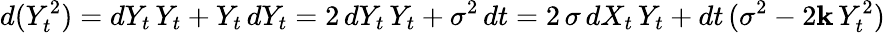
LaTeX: d(Y_{t}^{2})=dY_{t}\, Y_{t}+Y_{t}\, dY_{t}=2\, dY_{t}\, Y_{t}+\sigma^{2}\, dt=2\, \sigma\, dX_{t}\, Y_{t}+dt\, (\sigma^{2}-2\mathbf{k}\, Y_{t}^{2})